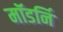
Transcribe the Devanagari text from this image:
मॉडर्नि